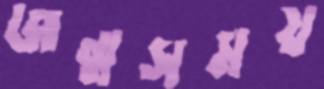
জন্মসময়